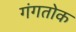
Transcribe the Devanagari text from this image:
गंगतोक